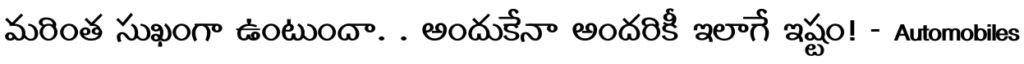
మరింత సుఖంగా ఉంటుందా. . అందుకేనా అందరికీ ఇలాగే ఇష్టం! - Automobiles